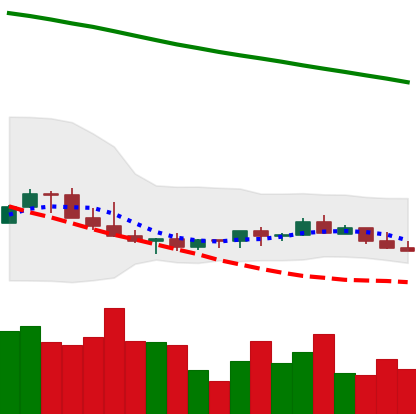
Ticker: LINK-USD
Chart end date: 2022-07-12
Forward return: 6.372%
Label: up_5_7